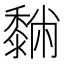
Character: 𪐆